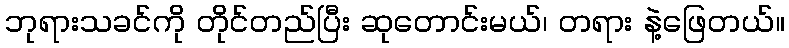
ဘုရားသခင်ကို တိုင်တည်ပြီး ဆုတောင်းမယ်၊ တရား နဲ့ဖြေတယ်။